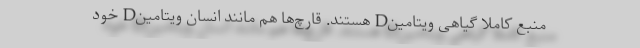
منبع کاملا گیاهی ویتامینD هستند. قارچ‌ها هم مانند انسان ویتامینD خود